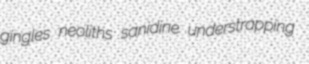
gingles neoliths sanidine understrapping